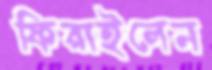
ফিরাইলেন